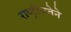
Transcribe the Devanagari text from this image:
राष्ट्रीयतेने